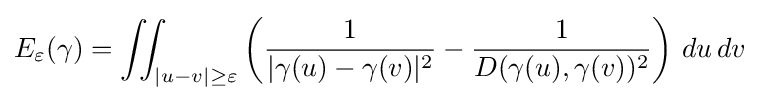
E_{\varepsilon }(\gamma )=\iint _{|u-v|\geq \varepsilon }\left({\frac {1}{|\gamma (u)-\gamma (v)|^{2}}}-{\frac {1}{D(\gamma (u),\gamma (v))^{2}}}\right)\,du\,dv